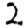
Digit: 2